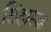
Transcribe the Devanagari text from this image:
सिंहारूढ़